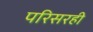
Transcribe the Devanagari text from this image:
परिसरही